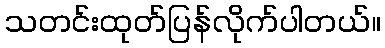
သတင်းထုတ်ပြန်လိုက်ပါတယ်။